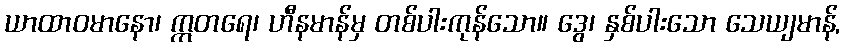
ယာထာဝမာနော၊ ဣတရေ၊ ဟီနမာန်မှ တစ်ပါးကုန်သော။ ဒွေ၊ နှစ်ပါးသော သေယျမာန်,